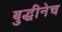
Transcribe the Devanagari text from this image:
बुद्धीनेच